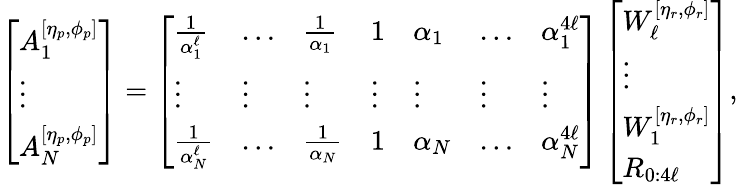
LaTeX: \begin{array}{r}{\left[\begin{array}{l}{A_{1}^{[\eta_{p},\phi_{p}]}}\\ {\vdots}\\ {A_{N}^{[\eta_{p},\phi_{p}]}}\end{array}\right]=\left[\begin{array}{lllllll}{\frac{1}{\alpha_{1}^{\ell}}}&{\dotsc}&{\frac{1}{\alpha_{1}}}&{1}&{\alpha_{1}}&{\dotsc}&{\alpha_{1}^{4\ell}}\\ {\vdots}&{\vdots}&{\vdots}&{\vdots}&{\vdots}&{\vdots}&{\vdots}\\ {\frac{1}{\alpha_{N}^{\ell}}}&{\dotsc}&{\frac{1}{\alpha_{N}}}&{1}&{\alpha_{N}}&{\dotsc}&{\alpha_{N}^{4\ell}}\end{array}\right]\left[\begin{array}{l}{W_{\ell}^{[\eta_{r},\phi_{r}]}}\\ {\vdots}\\ {W_{1}^{[\eta_{r},\phi_{r}]}}\\ {R_{0:4\ell}}\end{array}\right],}\end{array}